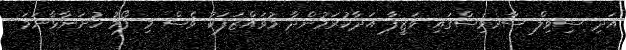
އަދި ސިވިލް ސާރވިސްގައި ވަޒީފާ އަދާކުރަމުންދާ މުވައްޒަފަކު ވެސް މި ފޯމު ހުށަނާޅާނަމަ